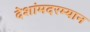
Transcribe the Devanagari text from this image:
देशांमदरम्यान